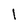
Character: I